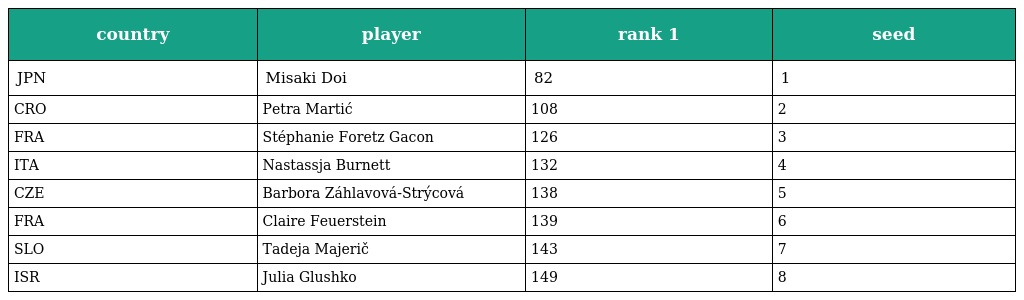
| country | player | rank 1 | seed |
 | --- | --- | --- | --- |
 | JPN | Misaki Doi | 82 | 1 |
 | CRO | Petra Martić | 108 | 2 |
 | FRA | Stéphanie Foretz Gacon | 126 | 3 |
 | ITA | Nastassja Burnett | 132 | 4 |
 | CZE | Barbora Záhlavová-Strýcová | 138 | 5 |
 | FRA | Claire Feuerstein | 139 | 6 |
 | SLO | Tadeja Majerič | 143 | 7 |
 | ISR | Julia Glushko | 149 | 8 |